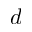
d